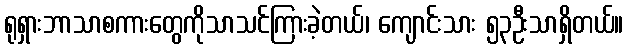
ရုရှားဘာသာစကားတွေကိုသာသင်ကြားခဲ့တယ်၊ ကျောင်းသား ၅၃ဦးသာရှိတယ်။